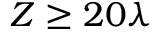
Z \ge 2 0 \lambda